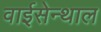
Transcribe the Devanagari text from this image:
वाईसेन्थाल